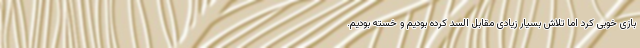
بازی خوبی کرد اما تلاش بسیار زیادی مقابل السد کرده بودیم و خسته بودیم.